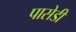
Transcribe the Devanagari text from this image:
पासेडी